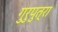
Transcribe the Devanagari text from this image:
गुरुपुत्रा